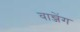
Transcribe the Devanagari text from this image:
वान्जेंग